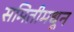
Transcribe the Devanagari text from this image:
समितीमधून